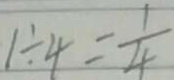
1 \div 4 = \frac { 1 } { 4 }